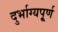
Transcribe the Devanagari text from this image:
दुर्भाग्यपू्‌र्ण